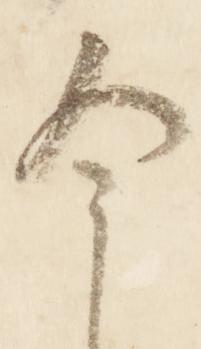
今